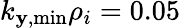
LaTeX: k_{\mathbf{y},\mathrm{{min}}}\rho_{i}=0.05